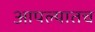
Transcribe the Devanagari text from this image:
आपल्यातच